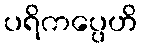
ပရိကပ္ပေဟိ